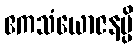
ဧကသံယောဇနမ္ပိ